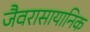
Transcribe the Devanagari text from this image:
जैवरासायानिक